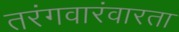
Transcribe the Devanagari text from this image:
तरंगवारंवारता